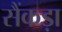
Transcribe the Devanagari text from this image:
सैंकड़ा